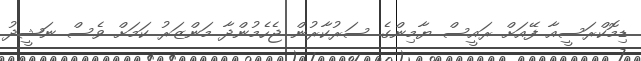
ޑިމޮކްރަސީއާ ފޭއަށް ރައީސް ޔާމިންގެ ސަރުކާރުން ޖެހެމުންދާ މަންޒަރު ކަމަށް ވެސް ނަޝީދު